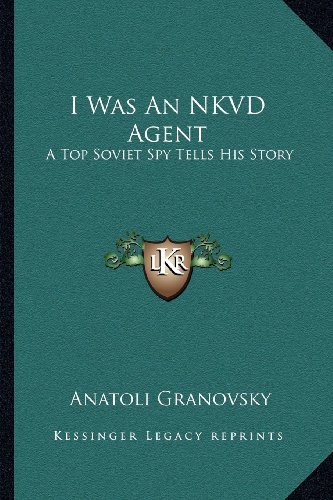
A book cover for I Was an Nkvd Agent: A Top Soviet Spy Tells His Story (Kessinger Legacy Reprints); Anatoli Granovsky; Biographies & Memoirs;